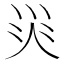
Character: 𱪺